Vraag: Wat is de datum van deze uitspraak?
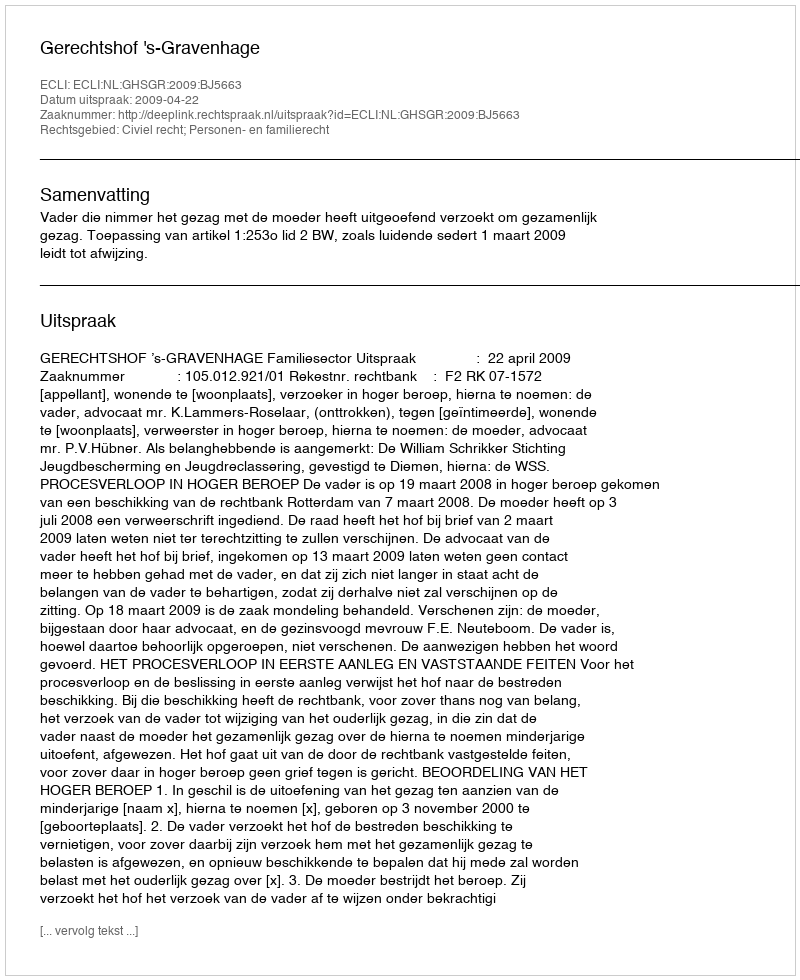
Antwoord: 2009-04-22